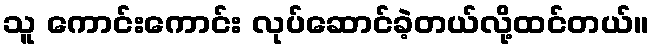
သူ ကောင်းကောင်း လုပ်ဆောင်ခဲ့တယ်လို့ထင်တယ်။